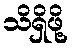
သိရှိဖို့